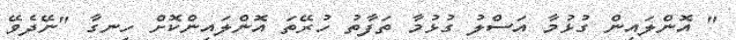
" އޮންލައިން ގުޅުމާ އަސްލު ގުޅުމާ ތަފާތު ހުރޭތަ އޮންލައިންކޮށް ހިނގާ "ނޭދެވޭ